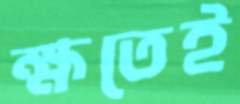
ক্ষতেই